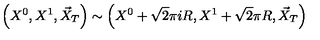
\left( X ^ { 0 } , X ^ { 1 } , \vec { X } _ { T } \right) \sim \left( X ^ { 0 } + \sqrt { 2 } \pi i R , X ^ { 1 } + \sqrt { 2 } \pi R , \vec { X } _ { T } \right)